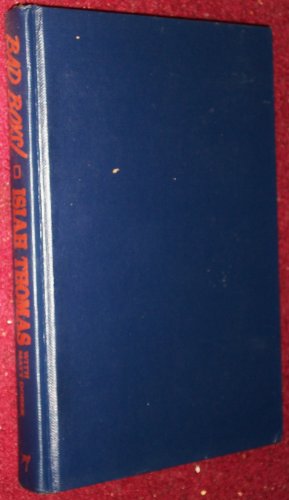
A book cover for Bad Boys: An Inside Look at the Detriot Piston's 1988-89 Championship Season; Isiah Thomas; Sports & Outdoors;